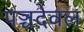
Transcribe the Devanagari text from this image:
पञ्चदेवल